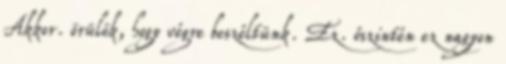
Akkor. örülök, hogy végre beszéltünk. Ez. őszintén ez nagyon